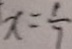
x = \frac { 1 } { 7 }